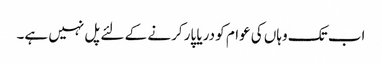
اب تک وہاں کی عوام کو دریا پار کرنے کے لئے پل نہیں ہے۔